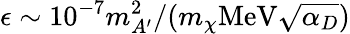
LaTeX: \epsilon\sim 10^{-7}m_{A^{\prime}}^{2}/(m_{\chi}\mathrm{MeV}\sqrt{\alpha_{D}})